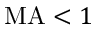
\mathrm { M A } < 1